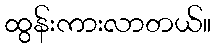
ထွန်းကားလာတယ်။